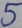
Text: 5